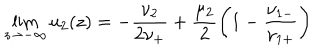
LaTeX: \lim _ { z \to - \infty } u _ { 2 } ( z ) = - \frac { \nu _ { 2 } } { 2 \nu _ { + } } + \frac { \mu _ { 2 } } { 2 } \left( 1 - \frac { \nu _ { 1 - } } { \nu _ { 1 + } } \right)